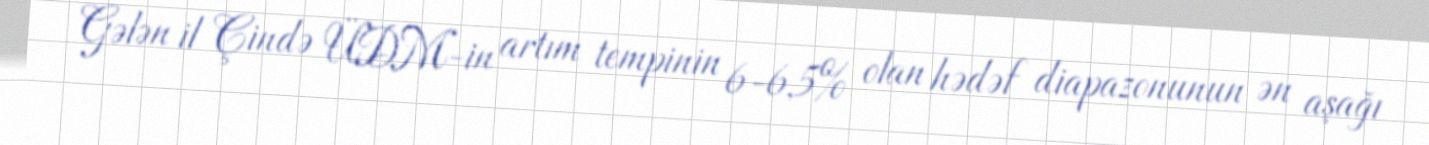
Gələn il Çində ÜDM-in artım tempinin 6-6,5% olan hədəf diapazonunun ən aşağı